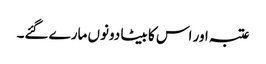
عتبہ اور اس کا بیٹا دونوں مارے گئے۔